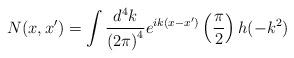
LaTeX: \begin{align*}N(x,x^{\prime })=\int \frac{d^4k}{\left( 2\pi \right) ^4}e^{ik(x-x^{\prime})}\left( \frac \pi 2\right) h(-k^2) \end{align*}